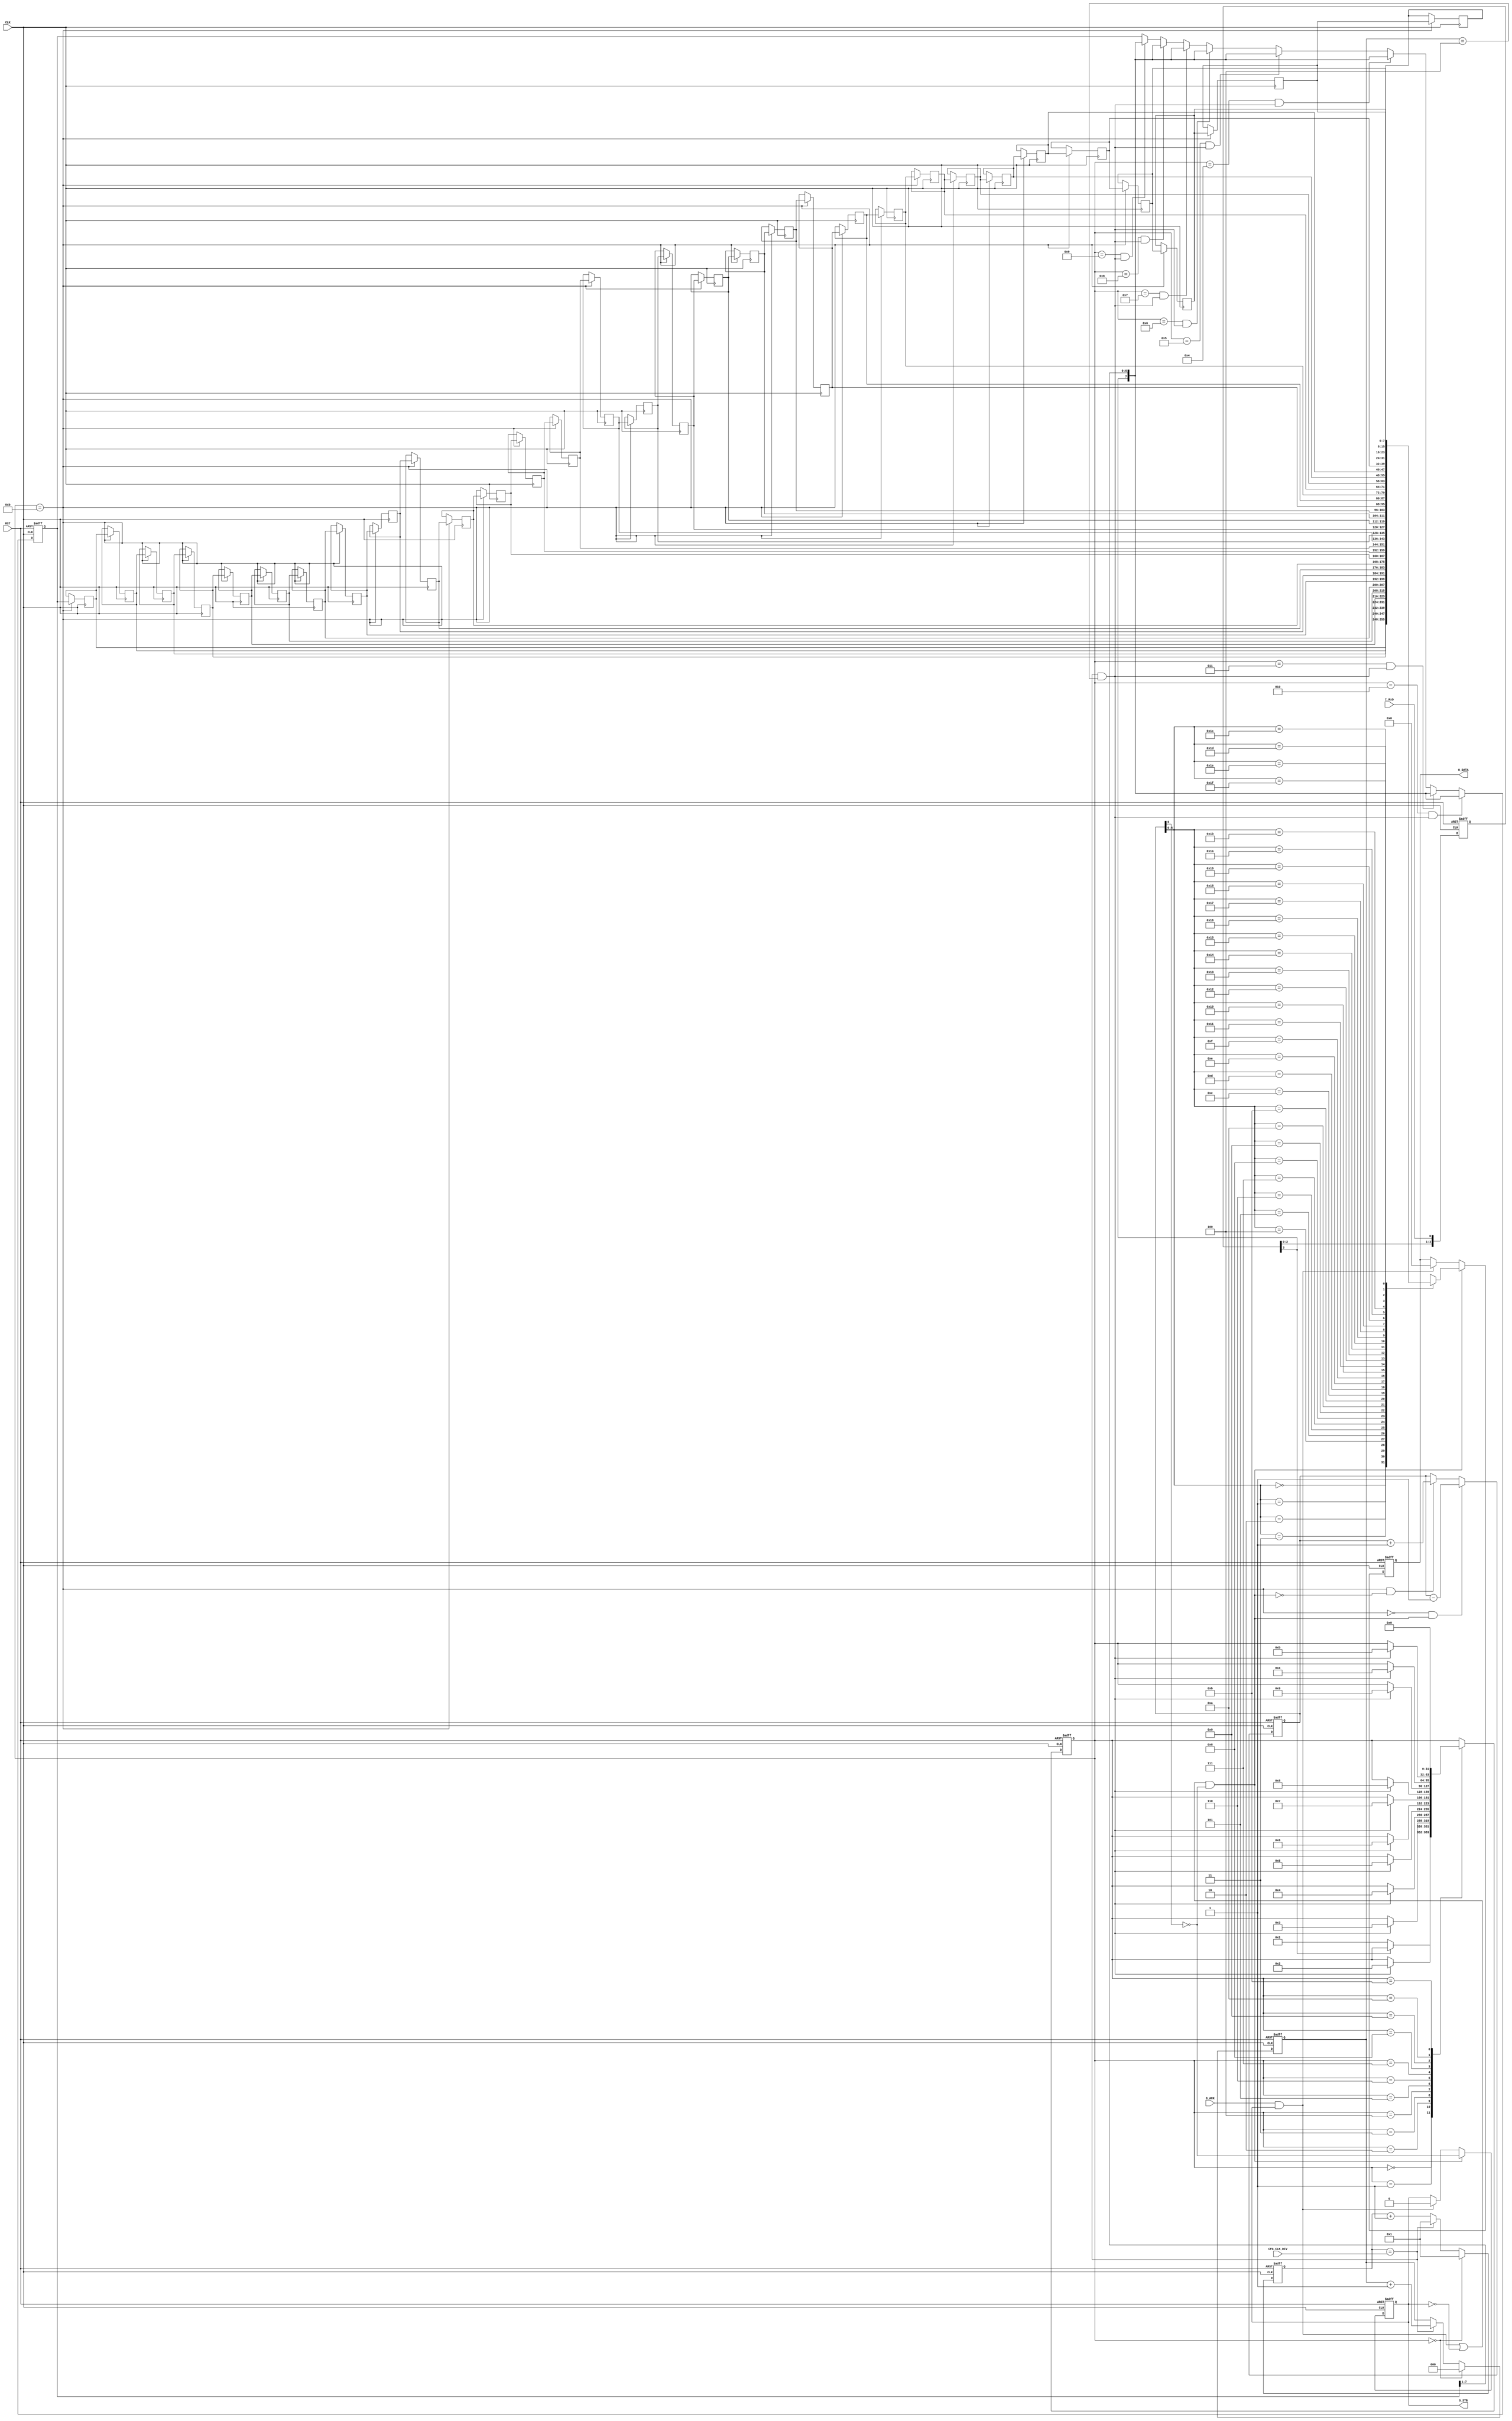
//--------------------------------------------------------------------------------------------------
// UART module
//--------------------------------------------------------------------------------------------------
module serial_rx_box 
(                             
input  wire	      	CLK,		
input  wire       	RST,		
                              
input  wire       	I_RxD,		
                              
output wire       	O_STB,       
output wire [7:0] 	O_DATA,	
input  wire       	O_ACK,

input  wire [15:0] CFG_CLK_DIV
);                            
//--------------------------------------------------------------------------------------------------
// Local variables
//--------------------------------------------------------------------------------------------------
reg  [15:0] sc_cntl;
reg  [2:0] sc_cnth;
wire       sc_tic;
wire       sc_lde;
//--------------------------------------------------------------------------------------------------
wire       f0_stb;
reg  [7:0] f0_data [31:0];
reg  [5:0] f0_sel;
wire       f0_rdy;
//--------------------------------------------------------------------------------------------------
wire       f1_stb;	
wire       f1_clr;	
reg  [7:0] f1_data;
reg        f1_rdy;
wire       f1_ack;
//--------------------------------------------------------------------------------------------------
integer    rx_state;
reg  [3:0] rx_filter;
wire       rx_bit;
reg  [7:0] rx_reg;
//--------------------------------------------------------------------------------------------------
// scaler
//--------------------------------------------------------------------------------------------------
assign                         sc_tic   = (sc_cntl==CFG_CLK_DIV);
//--------------------------------------------------------------------------------------------------
always@(posedge CLK or posedge RST)
 if(RST)                       sc_cntl <= 1; 
 else if(rx_state==0)          sc_cntl <= 1;
 else                          sc_cntl <= (sc_tic) ? 1 : sc_cntl + 1;
//--------------------------------------------------------------------------------------------------
always@(posedge CLK or posedge RST)
 if(RST)                       sc_cnth <= 0; 
 else if(rx_state==0)          sc_cnth <= 0;
 else if(sc_tic)               sc_cnth <= sc_cnth+1;
//--------------------------------------------------------------------------------------------------
assign                         sc_lde  = sc_tic && (sc_cnth==3'h4);
//--------------------------------------------------------------------------------------------------
// interdomain filter
//--------------------------------------------------------------------------------------------------
always@(posedge CLK or posedge RST)
 if(RST)                     rx_filter <= 4'hF;
 else                        rx_filter <= {rx_filter[2:0],I_RxD};
//--------------------------------------------------------------------------------------------------
assign                       rx_bit     = rx_filter[3];
//--------------------------------------------------------------------------------------------------
// rx control
//--------------------------------------------------------------------------------------------------
always@(posedge CLK or posedge RST)
 if(RST)                     rx_state <= 0;
 else case(rx_state)
  0:   	 if(!rx_bit)        rx_state <= 1; 
  1:      if( sc_lde)        rx_state <= 2;  // start bit  
  2:      if( sc_lde)        rx_state <= 3;  // data  bit 0
  3:      if( sc_lde)        rx_state <= 4;  // data  bit 1
  4:      if( sc_lde)        rx_state <= 5;  // data  bit 2
  5:      if( sc_lde)        rx_state <= 6;  // data  bit 3
  6:      if( sc_lde)        rx_state <= 7;  // data  bit 4
  7:      if( sc_lde)        rx_state <= 8;  // data  bit 5
  8:      if( sc_lde)        rx_state <= 9;  // data  bit 6
  9:      if( sc_lde)        rx_state <= 10; // data  bit 7
 10:      if( sc_lde)        rx_state <= 11; // stop  bit 
 11:                         rx_state <= 0;
 endcase
//--------------------------------------------------------------------------------------------------
always@(posedge CLK or posedge RST)
 if(RST)                        rx_reg   <= 0;
 else if(rx_state==2 && sc_lde) rx_reg   <= {rx_bit,rx_reg[7:1]};
 else if(rx_state==3 && sc_lde) rx_reg   <= {rx_bit,rx_reg[7:1]};
 else if(rx_state==4 && sc_lde) rx_reg   <= {rx_bit,rx_reg[7:1]};
 else if(rx_state==5 && sc_lde) rx_reg   <= {rx_bit,rx_reg[7:1]};
 else if(rx_state==6 && sc_lde) rx_reg   <= {rx_bit,rx_reg[7:1]};
 else if(rx_state==7 && sc_lde) rx_reg   <= {rx_bit,rx_reg[7:1]};
 else if(rx_state==8 && sc_lde) rx_reg   <= {rx_bit,rx_reg[7:1]};
 else if(rx_state==9 && sc_lde) rx_reg   <= {rx_bit,rx_reg[7:1]};
//--------------------------------------------------------------------------------------------------
assign                          f0_stb    = (rx_state==11);
//--------------------------------------------------------------------------------------------------
// output fifo
//--------------------------------------------------------------------------------------------------
always@(posedge CLK)
 if(f0_stb)
	begin
		f0_data[5'h00] <= rx_reg;
		f0_data[5'h01] <= f0_data[5'h00];
		f0_data[5'h02] <= f0_data[5'h01];
		f0_data[5'h03] <= f0_data[5'h02];
		f0_data[5'h04] <= f0_data[5'h03];
		f0_data[5'h05] <= f0_data[5'h04];
		f0_data[5'h06] <= f0_data[5'h05];
		f0_data[5'h07] <= f0_data[5'h06];

		f0_data[5'h08] <= f0_data[5'h07];
		f0_data[5'h09] <= f0_data[5'h08];
		f0_data[5'h0A] <= f0_data[5'h09];
		f0_data[5'h0B] <= f0_data[5'h0A];
		f0_data[5'h0C] <= f0_data[5'h0B];
		f0_data[5'h0D] <= f0_data[5'h0C];
		f0_data[5'h0E] <= f0_data[5'h0D];
		f0_data[5'h0F] <= f0_data[5'h0E];

		f0_data[5'h10] <= f0_data[5'h0F];
		f0_data[5'h11] <= f0_data[5'h10];
		f0_data[5'h12] <= f0_data[5'h11];
		f0_data[5'h13] <= f0_data[5'h12];
		f0_data[5'h14] <= f0_data[5'h13];
		f0_data[5'h15] <= f0_data[5'h14];
		f0_data[5'h16] <= f0_data[5'h15];
		f0_data[5'h17] <= f0_data[5'h16];

		f0_data[5'h18] <= f0_data[5'h17];
		f0_data[5'h19] <= f0_data[5'h18];
		f0_data[5'h1A] <= f0_data[5'h19];
		f0_data[5'h1B] <= f0_data[5'h1A];
		f0_data[5'h1C] <= f0_data[5'h1B];
		f0_data[5'h1D] <= f0_data[5'h1C];
		f0_data[5'h1E] <= f0_data[5'h1D];
		f0_data[5'h1F] <= f0_data[5'h1E];
	end
//--------------------------------------------------------------------------------------------------
always@(posedge CLK or posedge RST) 
 if(RST)                            f0_sel       <=         - 1;
 else if(~f0_stb &&  f1_stb)        f0_sel       <=  f0_sel - 1;
 else if( f0_stb && ~f1_stb)        f0_sel       <=  f0_sel + 1;
//-------------------------------------------------------------------------------------------------
assign                              f0_rdy        = ~f0_sel[5];
//-------------------------------------------------------------------------------------------------
// registered output
//-------------------------------------------------------------------------------------------------
assign                              f1_stb        = (f1_ack || ~f1_rdy) && f0_rdy;
assign                              f1_clr        =  f1_ack;
//-------------------------------------------------------------------------------------------------
always@(posedge CLK or posedge RST)			   
 if(RST)                            f1_data      <= 0;
 else if(f1_stb)                    f1_data      <= f0_data[f0_sel[4:0]];
 else if(f1_clr)                    f1_data      <= 0;
//-------------------------------------------------------------------------------------------------
always@(posedge CLK or posedge RST)			   
 if(RST)                            f1_rdy       <= 0;
 else if(f1_stb)                    f1_rdy       <= f0_rdy;
 else if(f1_clr)                    f1_rdy       <= 0;
//-------------------------------------------------------------------------------------------------
assign                              O_DATA        = f1_data;
assign                              O_STB         = f1_rdy;
//-------------------------------------------------------------------------------
assign                              f1_ack        = O_ACK & f1_rdy;
//--------------------------------------------------------------------------------------------------
endmodule